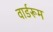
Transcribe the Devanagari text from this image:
वार्डरूम